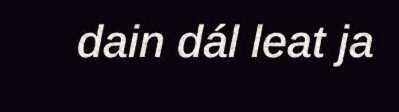
dain dál leat ja